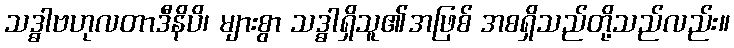
သဒ္ဓာဗဟုလတာဒီနိပိ၊ များစွာ သဒ္ဓာရှိသူ၏အဖြစ် အစရှိသည်တို့သည်လည်း။